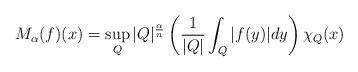
LaTeX: \begin{align*}M_{\alpha}(f)(x)=\sup\limits_{Q}\vert Q\vert^{\frac{\alpha}{n}}\left(\frac{1}{\vert Q\vert}\int_{Q}\vert f(y)\vert dy\right)\chi_{Q}(x)\end{align*}